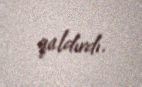
qaldırdı.